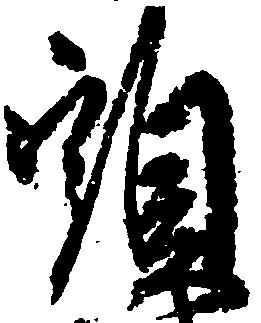
頭